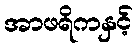
အာဖရိကနှင့်